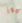
موز